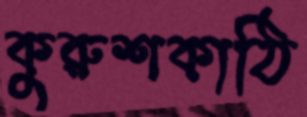
কুরুশকাঠি